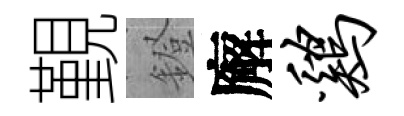
覲鐙廨鸡